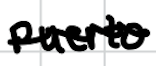
Text: Puerto
Cross-out: wave
Writing tool: digital_black